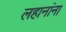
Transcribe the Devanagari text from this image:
लहानांना